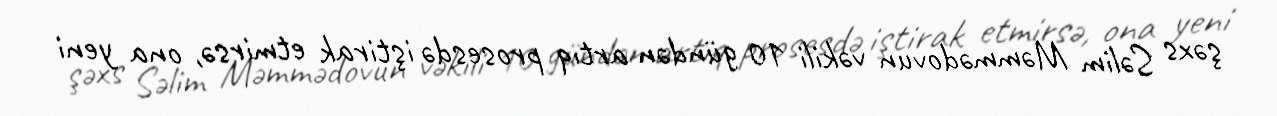
şəxs Səlim Məmmədovun vəkili 10 gündən artıq prosesdə iştirak etmirsə, ona yeni